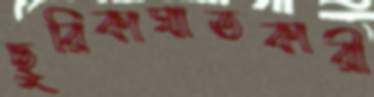
ছুরিকাঘাতকারী